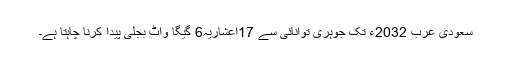
سعودی عرب 2032ء تک جوہری توانائی سے 17اعشاریہ6 گیگا واٹ بجلی پیدا کرنا چاہتا ہے۔